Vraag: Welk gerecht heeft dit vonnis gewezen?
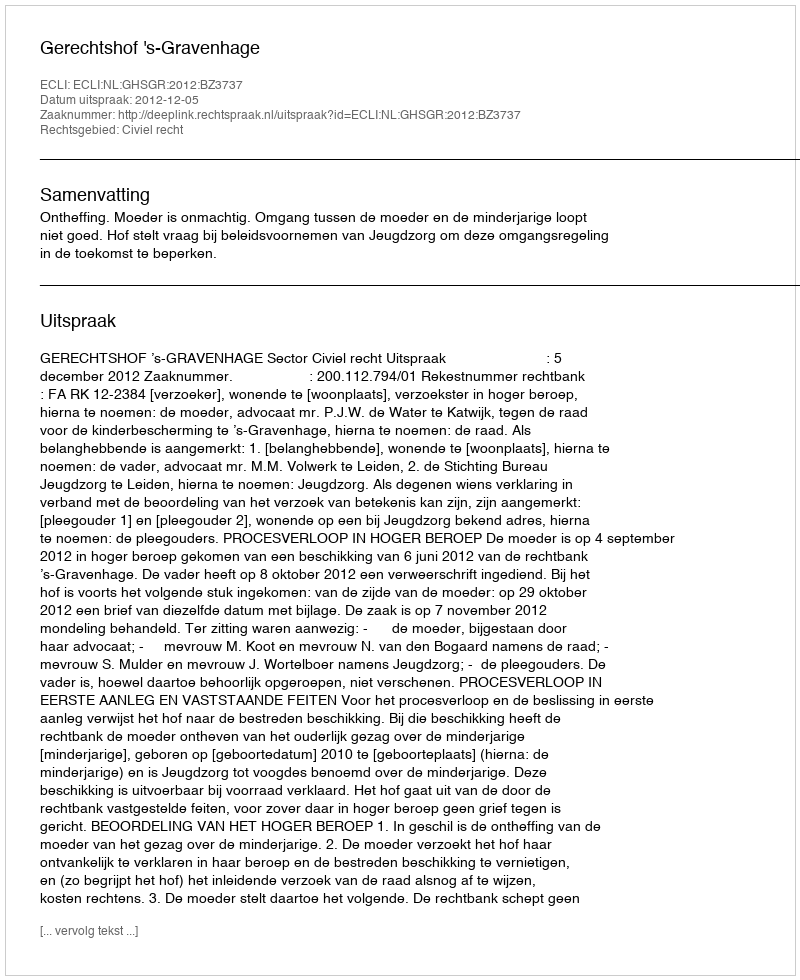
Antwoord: Gerechtshof 's-Gravenhage